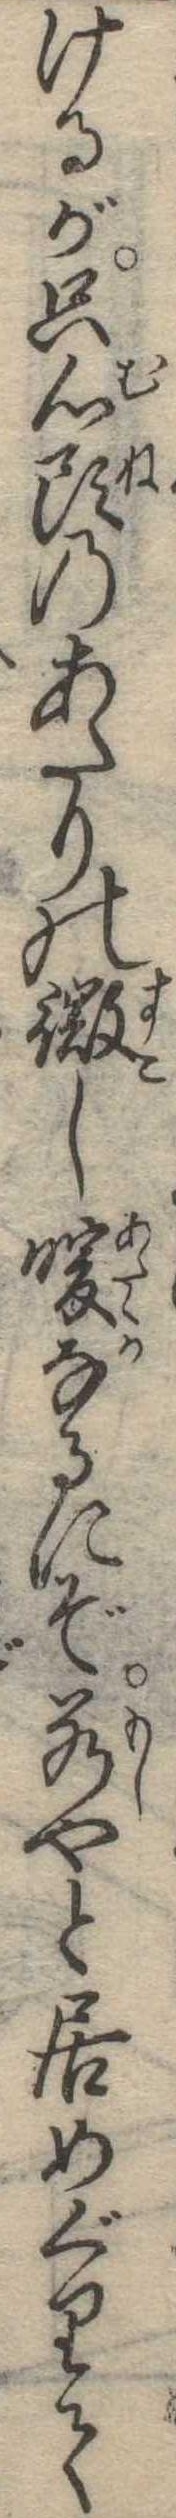
けるが只心頭のあたりの微し暖なるにぞ若やと居めぐりて